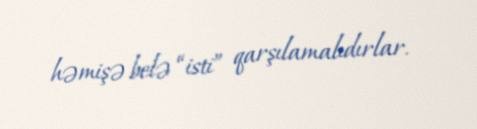
həmişə belə “isti” qarşılamalıdırlar.